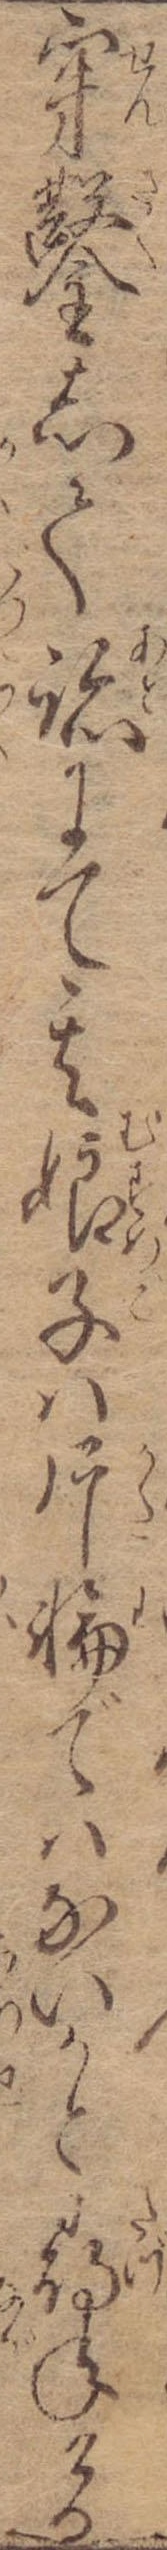
穿鑿して跡にて其娘子は片輪ではないかと尋ねける